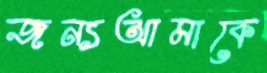
জন্যআমাকে